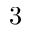
3